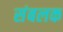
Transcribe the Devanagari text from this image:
संबलक